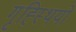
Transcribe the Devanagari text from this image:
गृह्स्थियों